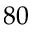
8 0